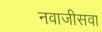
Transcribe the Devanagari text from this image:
नवाजीसवा